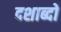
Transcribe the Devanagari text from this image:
दशाब्दों